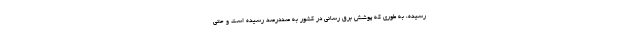
رسیده، به طوری که پوشش برق رسانی در کشور به صددرصد رسیده است و حتی